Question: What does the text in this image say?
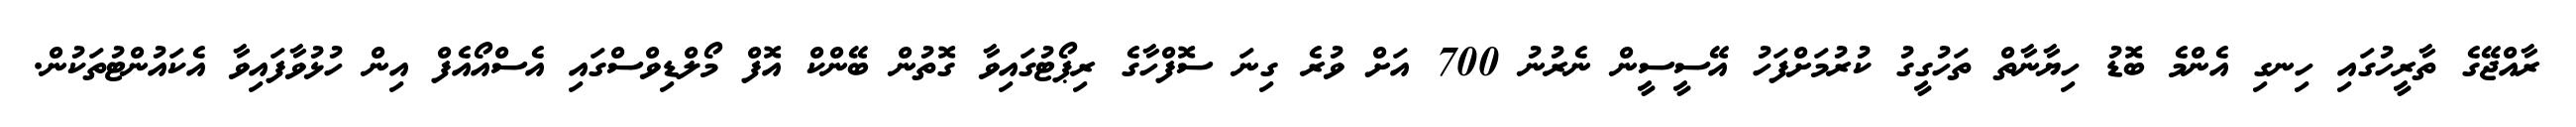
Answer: ރާއްޖޭގެ ތާރީހުގައި ހިނގި އެންމެ ބޮޑު ހިޔާނާތް ތަހުގީގު ކުރުމަށްފަހު އޭސީސީން ނެރުނު 700 އަށް ވުރެ ގިނަ ސޮފްހާގެ ރިޕޯޓުގައިވާ ގޮތުން ބޭންކް އޮފް މޯލްޑިވްސްގައި އެސްއޯއެފް އިން ހުޅުވާފައިވާ އެކައުންޓުތަކުން.